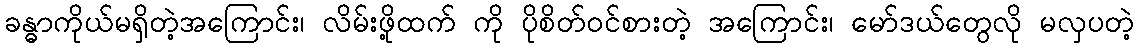
ခန္ဓာကိုယ်မရှိတဲ့အကြောင်း၊ လိမ်းဖို့ထက် ကို ပိုစိတ်ဝင်စားတဲ့ အကြောင်း၊ မော်ဒယ်တွေလို မလှပတဲ့